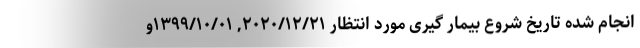
انجام شده تاریخ شروع بیمار گیری مورد انتظار ۲۰۲۰/۱۲/۲۱, ۱۳۹۹/۱۰/۰۱و